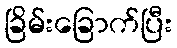
ခြိမ်းခြောက်ပြီး